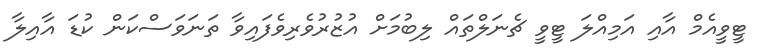
ޓީވީއެމް އާއި އަމިއްލަ ޓީވީ ޗެނަލްތައް ލިބުމަށް އުޒުރުވެރިވެފައިވާ ތަނަވަސްކަން ކުޑަ އާއިލާ